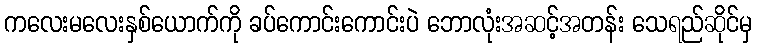
ကလေးမလေးနှစ်ယောက်ကို ခပ်ကောင်းကောင်းပဲ ဘောလုံးအဆင့်အတန်း သေရည်ဆိုင်မှ